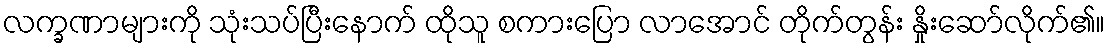
လက္ခဏာများကို သုံးသပ်ပြီးနောက် ထိုသူ စကားပြော လာအောင် တိုက်တွန်း နှိုးဆော်လိုက်၏။